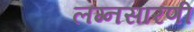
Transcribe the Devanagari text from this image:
लग्नसारणी